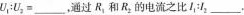
$$U _ { 1 } : U _ { 2 } = ___$$，通过R_{1}和R_{2}的电流之比I_{1}：I_{2}___.